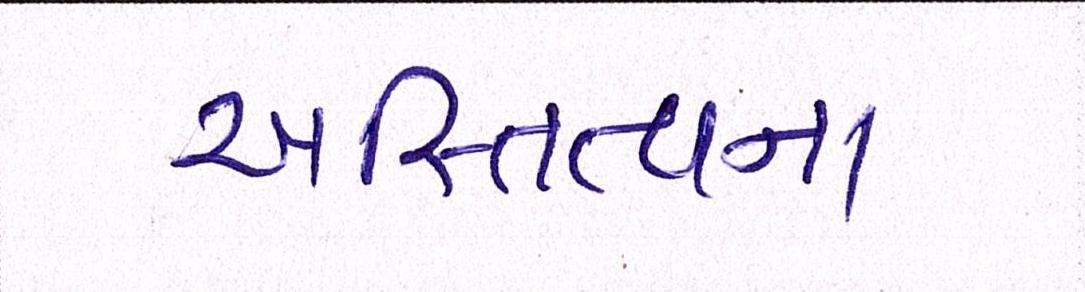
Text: અસ્તિત્વના